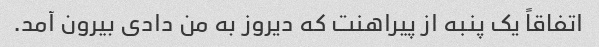
اتفاقاً یک پنبه از پیراهنت که دیروز به من دادی بیرون آمد.